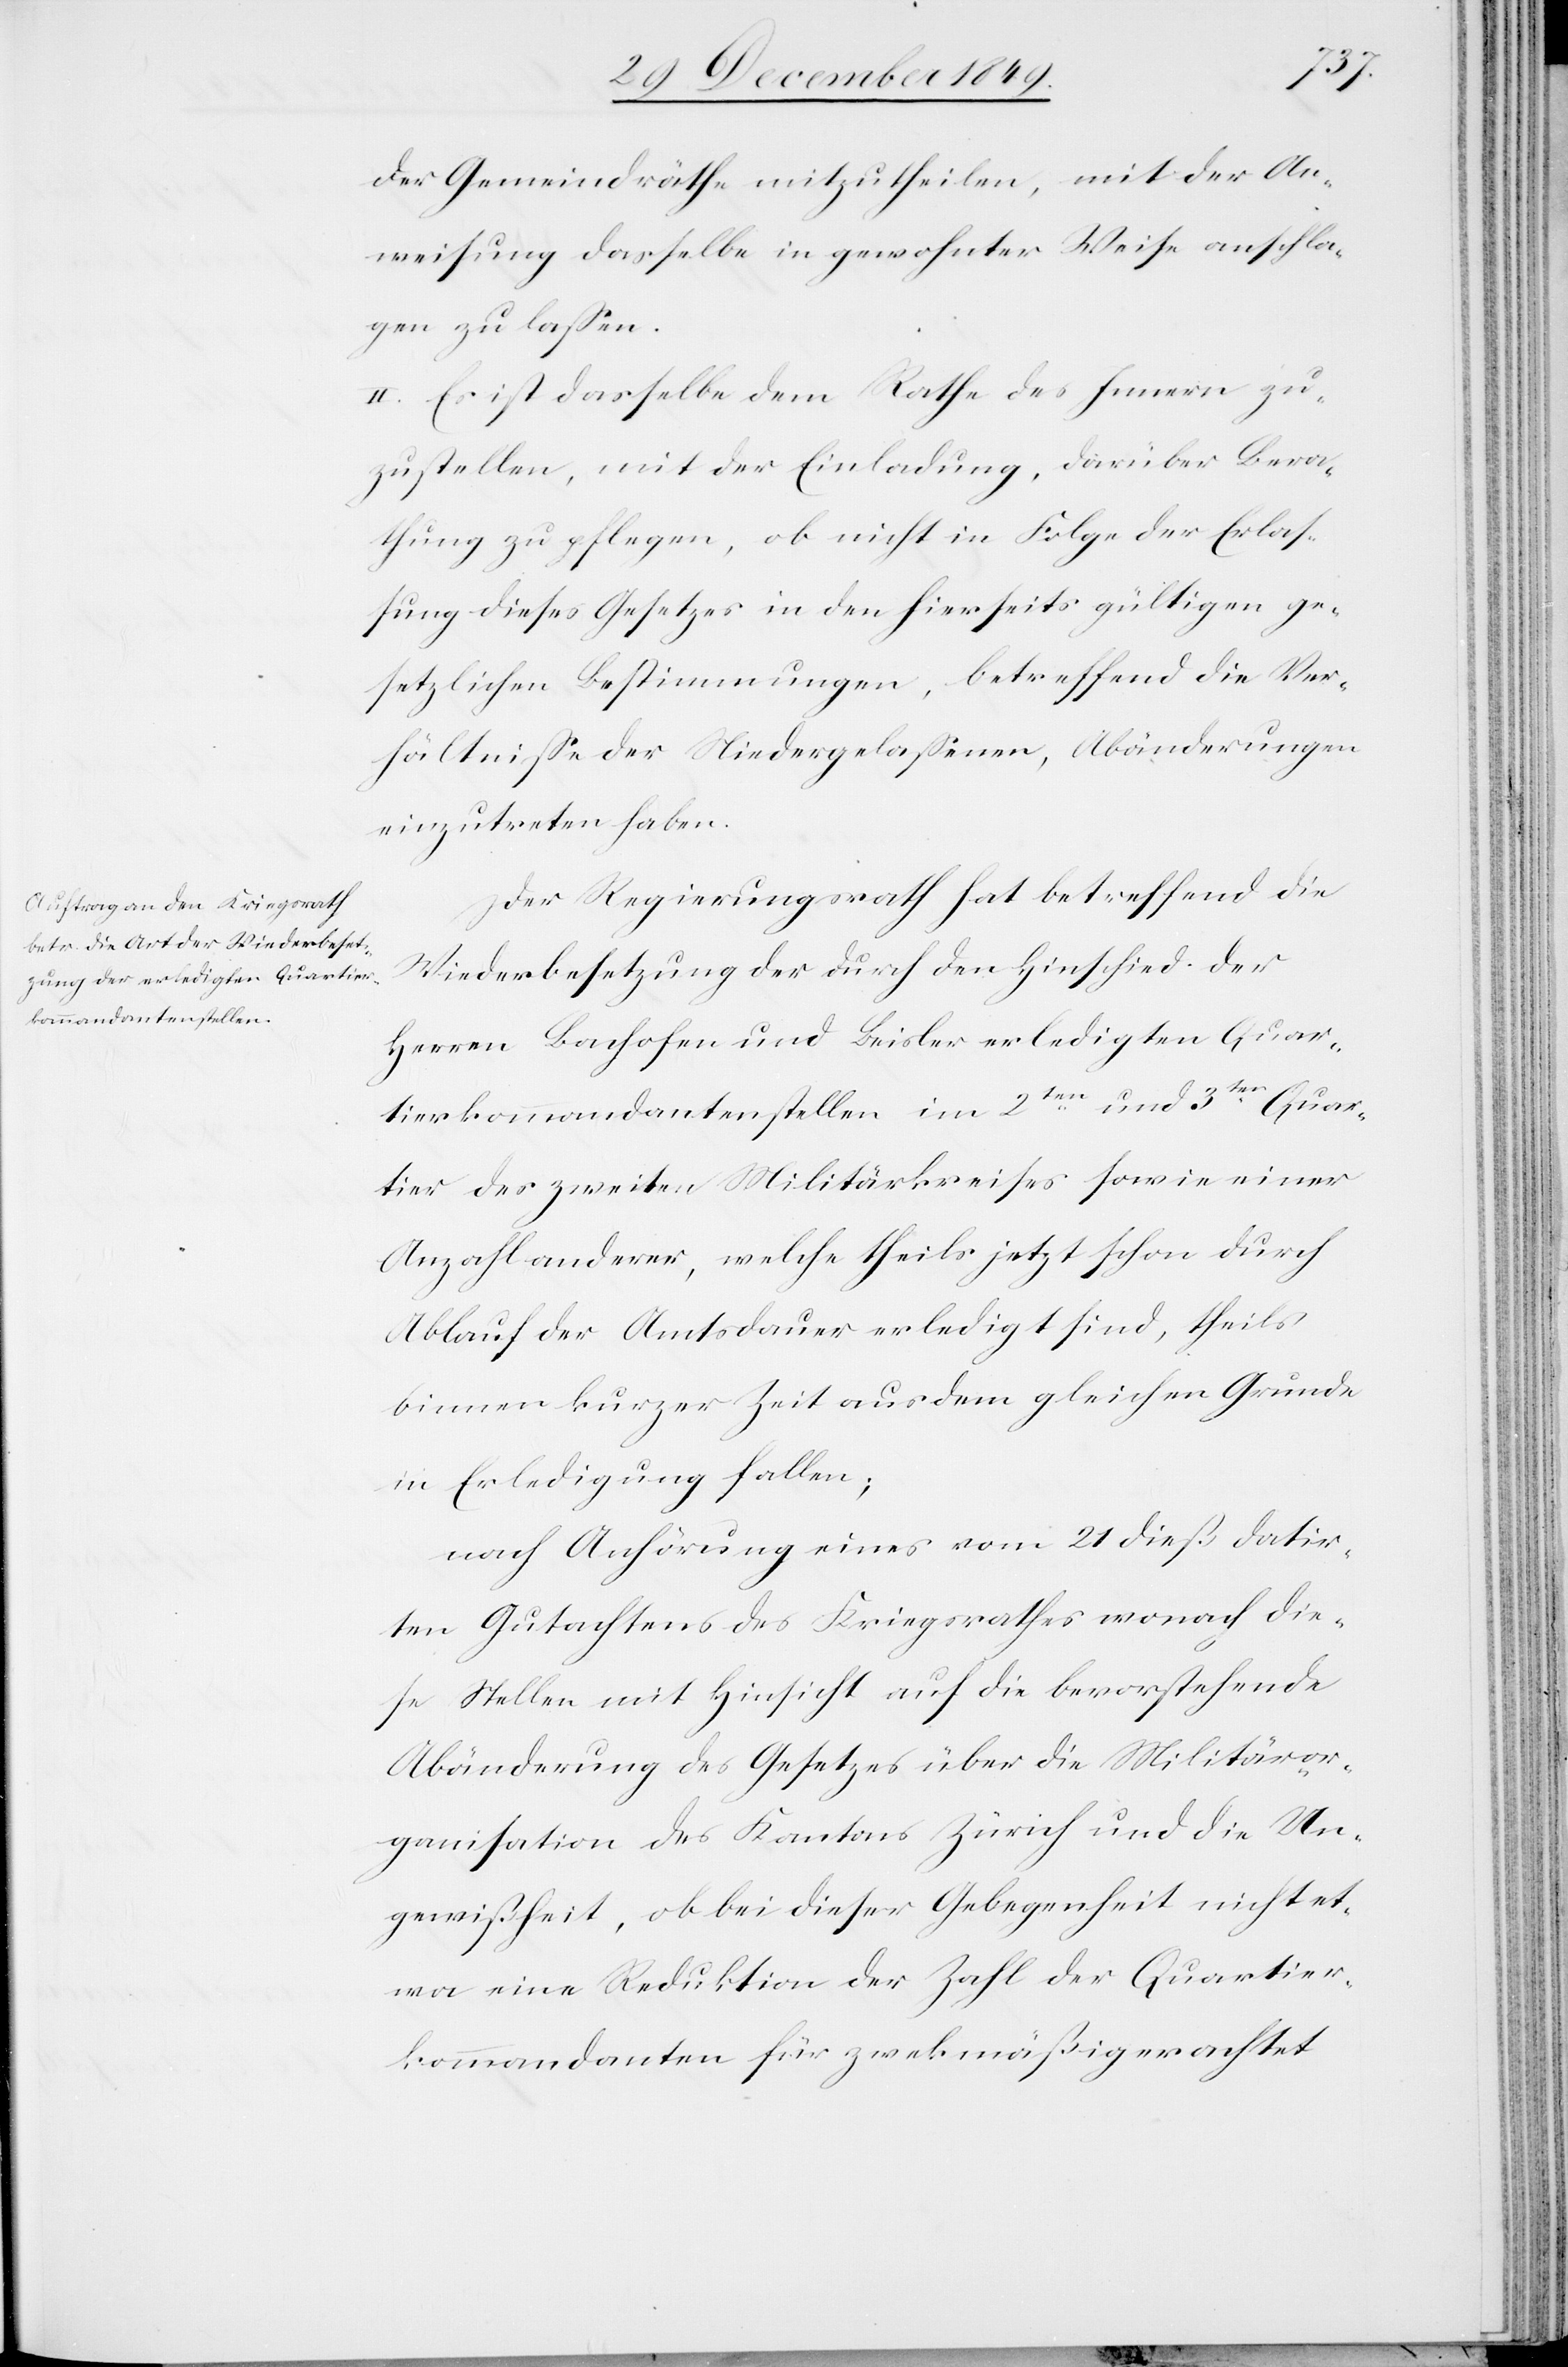
der Gemeindräthe mitzutheilen, mit der An¬
weisung dasselbe in gewohnter Weise anschla¬
gen zu laßen.
II. Es ist dasselbe dem Rathe des Innern zu¬
zustellen, mit der Einladung, darüber Bera¬
thung zu pflegen, ob nicht in Folge der Erlaß¬
ung dieses Gesetzes in den hierseits gültigen ge¬
setzlichen Bestimmungen, betreffend die Ver¬
hältniße der Niedergelaßenen, Abänderungen
einzutreten haben.
Der Regierungsrath hat betreffend die
Wiederbesetzung der durch den Hinschied der
Herren Bachofen und Beisler erledigten Quar¬
tierkommandantenstellen im 2ten und 3ten Quar¬
tier des des zweiten Militärkreises sowie einer
Anzahl anderer, welche theils jetzt schon durch
Ablauf der Amtsdauer erledigt sind, theils
binnen kurzer Zeit aus dem gleichen Grunde
in Erledigung fallen;
nach Anhörung eines vom 21 dieß datir¬
ten Gutachtens des Kriegsrathes wonach die¬
se Stellen mit Hinsicht auf die bevorstehende
Abänderung des Gesetzes über die Militäror¬
ganisation des Kantons Zürich und die Un¬
gewißheit, ob bei dieser Gelegenheit nicht et¬
wa eine Reduktion der Zahl der Quartier¬
kommandanten für zweckmäßig erachtet